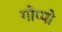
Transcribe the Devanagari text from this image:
गोप्पो